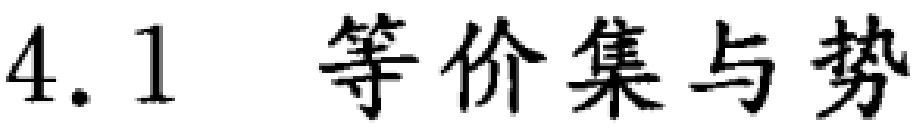
4.1 等价集与势